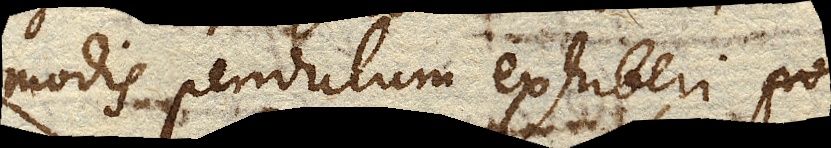
modis pendulum exhiberi